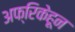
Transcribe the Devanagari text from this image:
अफ्रिकेहून